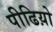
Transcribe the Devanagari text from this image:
पीढिय़ो